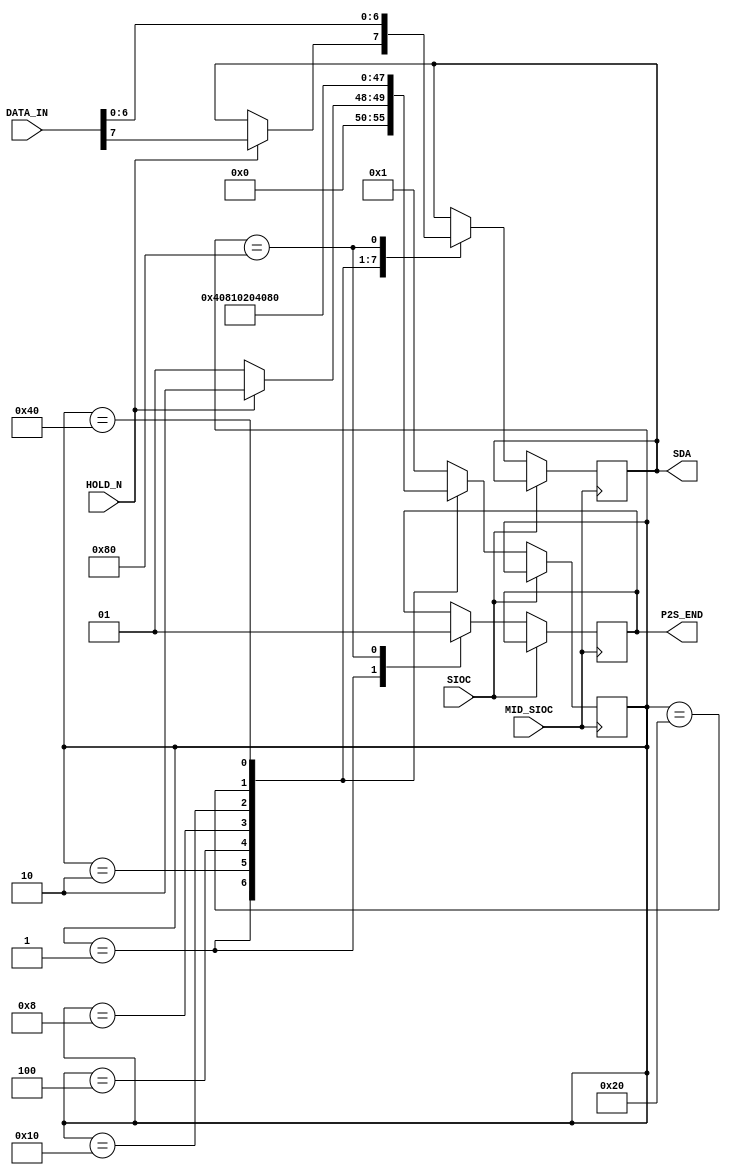
module p2s_8bit(
	input SIOC,
	input MID_SIOC,
	input HOLD_N,
	input [7:0] DATA_IN,
	output reg SDA,
	output reg P2S_END
	);

wire [7:0] data;
reg [7:0] state;

assign data = DATA_IN;

parameter
bit7 = 8'b0000_0001,
bit6 = 8'b0000_0010,
bit5 = 8'b0000_0100,
bit4 = 8'b0000_1000,
bit3 = 8'b0001_0000,
bit2 = 8'b0010_0000,
bit1 = 8'b0100_0000,
bit0 = 8'b1000_0000;

always@(posedge MID_SIOC) begin
	if(!SIOC)
		case(state)
			bit7: begin
				P2S_END <= 1'b0;
				if(HOLD_N) begin
					state <= bit6;
					SDA <= data[7];
				end
				else state <= bit7;
			end
			bit6: begin
				state <= bit5;
				SDA <= data[6];
			end
			bit5: begin
				state <= bit4;
				SDA <= data[5];
			end
			bit4: begin
				state <= bit3;
				SDA <= data[4];
			end
			bit3: begin
				state <= bit2;
				SDA <= data[3];
			end
			bit2: begin
				state <= bit1;
				SDA <= data[2];
			end
			bit1: begin
				state <= bit0;
				SDA <= data[1];
			end
			bit0: begin
				state <= bit7;
				SDA <= data[0];
				P2S_END <= 1'b1;
			end
			default: state <= bit7;
		endcase
	else state <= state;
end

endmodule